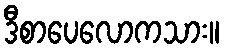
ဒီစာပေလောကသား။